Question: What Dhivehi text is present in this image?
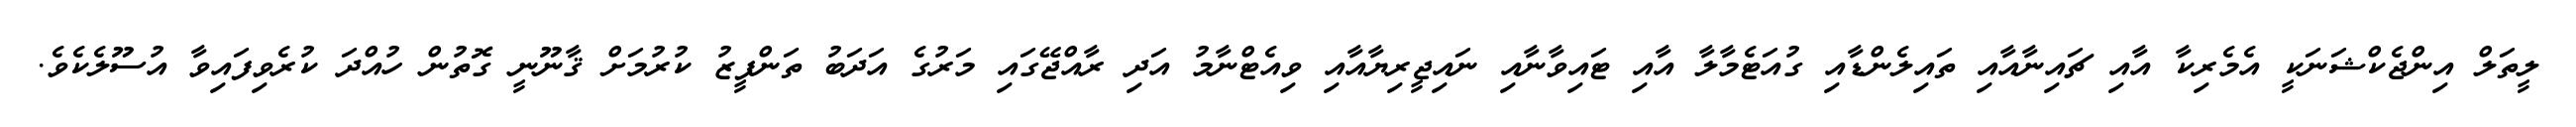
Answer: ލީތަލް އިންޖެކްޝަނަކީ އެމެރިކާ އާއި ޗައިނާއާއި ތައިލެންޑާއި ގުއަޓެމާލާ އާއި ޓައިވާނާއި ނައިޖީރިޔާއާއި ވިއެޓްނާމު އަދި ރާއްޖޭގައި މަރުގެ އަދަބު ތަންފީޒު ކުރުމަށް ޤާނޫނީ ގޮތުން ހުއްދަ ކުރެވިފައިވާ އުސޫލެކެވެ.